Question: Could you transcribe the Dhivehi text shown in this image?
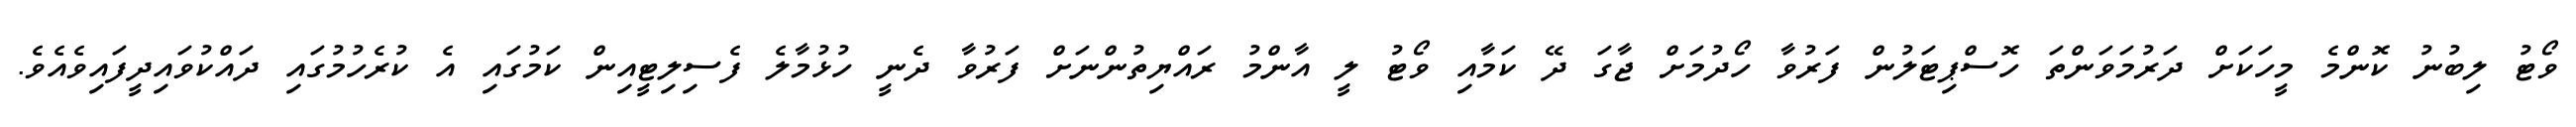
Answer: ވޯޓު ލިބުނު ކޮންމެ މީހަކަށް ދަރުމަވަންތަ ހޮސްޕިޓަލުން ފަރުވާ ހޯދުމަށް ޖާގަ ދޭ ކަމާއި ވޯޓު ލީ އާންމު ރައްޔިތުންނަށް ފަރުވާ ދެނީ ހުޅުމާލެ ފެސިލިޓީއިން ކަމުގައި އެ ކުރެހުމުގައި ދައްކުވައިދީފައިވެއެވެ.